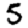
Digit: 5